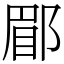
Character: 郿